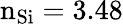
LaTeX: \mathrm{n_{Si}=3.48}